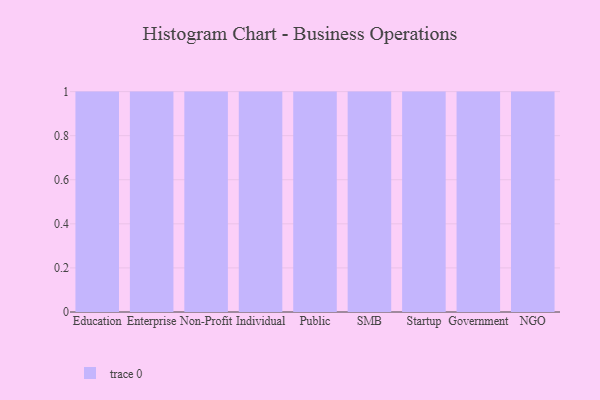
{"axis": {"x": "Segment", "y": "Backlog"}, "legend": [""], "data": [{"x": "Education", "y": 13, "type": ""}, {"x": "Enterprise", "y": 56, "type": ""}, {"x": "Non-Profit", "y": 60, "type": ""}, {"x": "Individual", "y": 40, "type": ""}, {"x": "Public", "y": 72, "type": ""}, {"x": "SMB", "y": 35, "type": ""}, {"x": "Startup", "y": 78, "type": ""}, {"x": "Government", "y": 60, "type": ""}, {"x": "NGO", "y": 10, "type": ""}]}